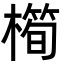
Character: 橁